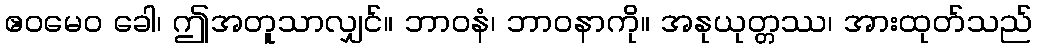
ဧဝမေဝ ခေါ၊ ဤအတူသာလျှင်။ ဘာဝနံ၊ ဘာဝနာကို။ အနုယုတ္တဿ၊ အားထုတ်သည်